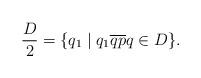
LaTeX: \begin{align*}\frac D2=\{q_1\mid q_1 \overline{qp} q\in D\}.\end{align*}